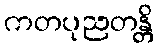
ကတပုညတန္တိ